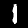
Digit: 1